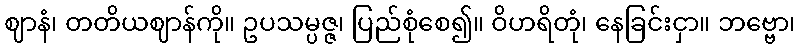
ဈာနံ၊ တတိယဈာန်ကို။ ဥပသမ္ပဇ္ဇ၊ ပြည်စုံစေ၍။ ဝိဟရိတုံ၊ နေခြင်းငှာ။ ဘဗ္ဗော၊